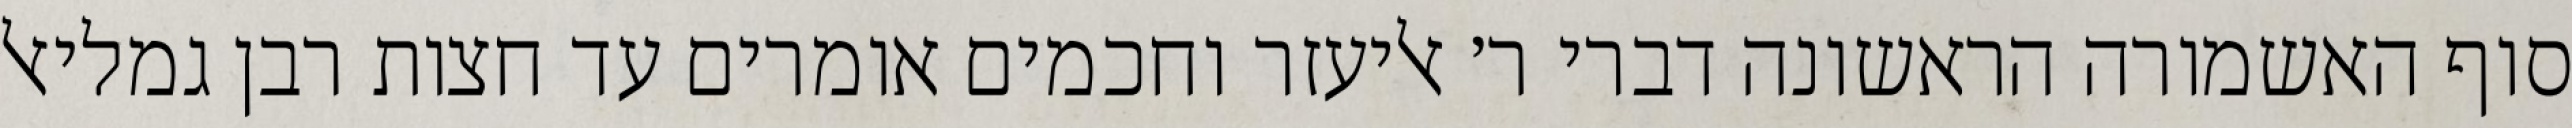
סוף האשמורה הראשונה דברי ר׳ אליעזר וחכמים אומרים עד חצות רבן גמליאל